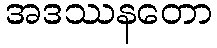
အဒဿနတော